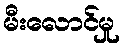
မီးလောင်မှု